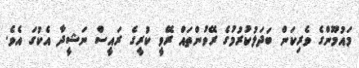
މައުމޫންގެ ވެރިކަން ބަދަލުކުރުމުގެ ރޭވުންތައް ރޭވީ ކުރީގެ ރައީސް ނަޝީދާ އެކުގަ އެވެ.